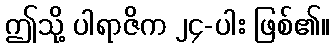
ဤသို့ ပါရာဇိက ၂၄-ပါး ဖြစ်၏။